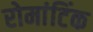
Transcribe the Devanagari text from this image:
रोमांटिंक